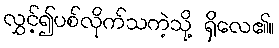
လွှင့်၍ပစ်လိုက်သကဲ့သို့ ရှိလေ၏။